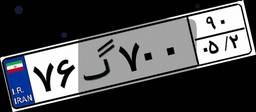
۷۶گ۷۰۰۹۰